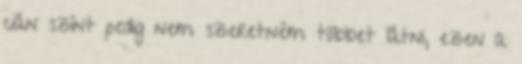
cián színt pedig nem szeretném többet látni, ezen a